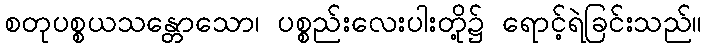
စတုပစ္စယသန္တောသော၊ ပစ္စည်းလေးပါးတို့၌ ရောင့်ရဲခြင်းသည်။